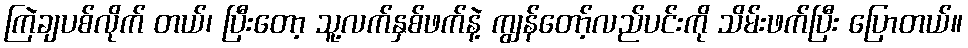
ကြဲချပစ်လိုက် တယ်၊ ပြီးတော့ သူ့လက်နှစ်ဖက်နဲ့ ကျွန်တော့်လည်ပင်းကို သိမ်းဖက်ပြီး ပြောတယ်။